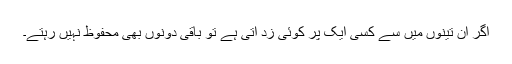
اگر ان تینوں میں سے کسی ایک پر کوئی زد آتی ہے تو باقی دونوں بھی محفوظ نہیں رہتے۔